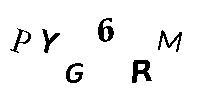
PYG6RM